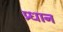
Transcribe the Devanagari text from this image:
प्र्धान